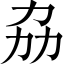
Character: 劦